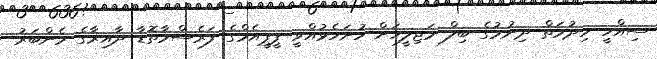
ސިއްހީ ހިދުމަތް ދިނުމުގެ ބިލް މަޖިލީހަށް ހުށަހެޅުއްވީ ޕީޕީއެމްގެ ފަރެސްމާތޮޑާ ދާއިރާގެ މެންބަރު